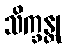
သိက္ခန္တု